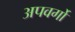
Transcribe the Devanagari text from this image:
अपवर्गो